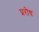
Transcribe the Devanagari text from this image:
प्ररोध